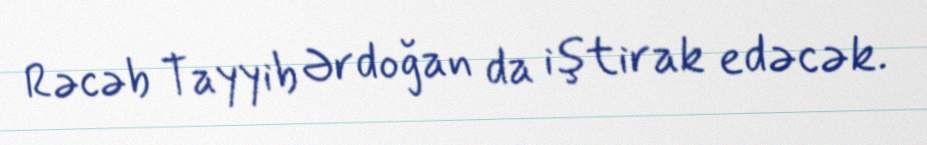
Rəcəb Tayyib Ərdoğan da iştirak edəcək.